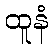
ထူနံ